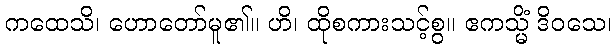
ကထေသိ၊ ဟောတော်မူ၏။ ဟိ၊ ထိုစကားသင့်စွ။ ဧကသ္မိံ ဒိဝသေ၊